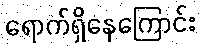
ရောက်ရှိနေကြောင်း